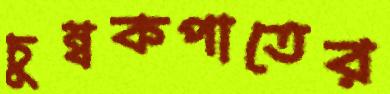
চুম্বকপাতের